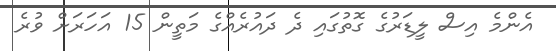
އެންމެ އިސް ލީޑަރުގެ ގޮތުގައި ދެ ދައުރެއްގެ މަތީން 15 އަހަރަށް ވުރެ